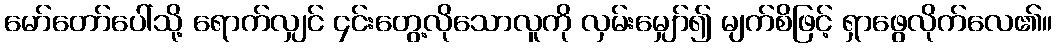
မော်တော်ပေါ်သို့ ရောက်လျှင် ၄င်းတွေ့လိုသောလူကို လှမ်းမျှော်၍ မျက်စိဖြင့် ရှာဖွေလိုက်လေ၏။